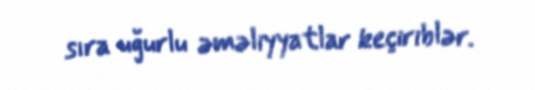
sıra uğurlu əməliyyatlar keçiriblər.